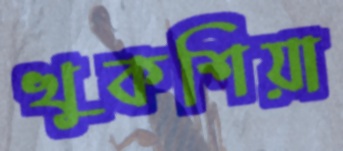
খুকশিয়া